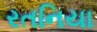
રતનિયા